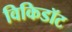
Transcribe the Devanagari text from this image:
विकिडॉट